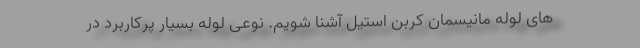
های لوله مانیسمان کربن استیل آشنا شویم. نوعی لوله بسیار پرکاربرد در